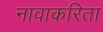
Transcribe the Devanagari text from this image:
नावाकरिता